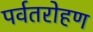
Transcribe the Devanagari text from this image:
पर्वतरोहण